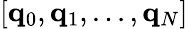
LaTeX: [\mathbf q_{0},\mathbf q_{1},...,\mathbf q_{N}]